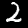
Label: 2